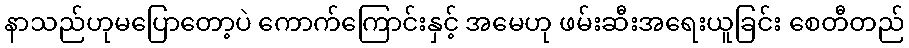
နာသည်ဟုမပြောတော့ပဲ ကောက်ကြောင်းနှင့် အမေဟု ဖမ်းဆီးအရေးယူခြင်း စေတီတည်